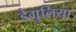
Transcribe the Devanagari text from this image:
डेगुलिया